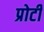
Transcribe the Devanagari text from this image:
प्रोटी